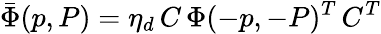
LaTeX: \bar{\Phi}(p,P)=\eta_{d}\, C\, \Phi(-p,-P)^{T}\, C^{T}